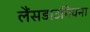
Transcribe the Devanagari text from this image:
लैंसडाउनियना